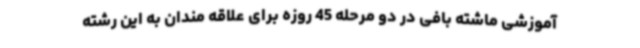
آموزشی ماشته بافی در دو مرحله 45 روزه برای علاقه مندان به این رشته